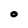
Character: O